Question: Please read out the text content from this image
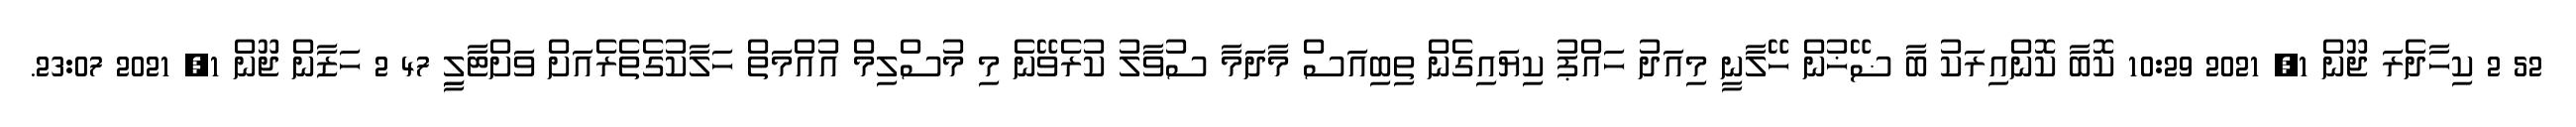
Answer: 52 2 ކިހާދެރަ ޖޫން 1, 2021 10:29 ކޮބާ ކޮންއިރަކު ބާ ޟޭޚުން ހޭލާނީ މިއަދު ހައްޕު ކިޔައިގެން ތިބިއަސް މާދަމާ ސުވާލު ކުރެވޭނެ މި މުސްލިމް އުއްމަތް ހަލާކުގެތެރެއަށް ވަށްޓާލިީ 47 2 ހަޒާން ޖޫން 1, 2021 23:07.